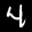
Digit: 4